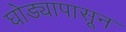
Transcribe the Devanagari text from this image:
घोड्यापासून